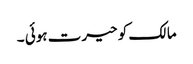
مالک کو حیرت ہوئی ۔